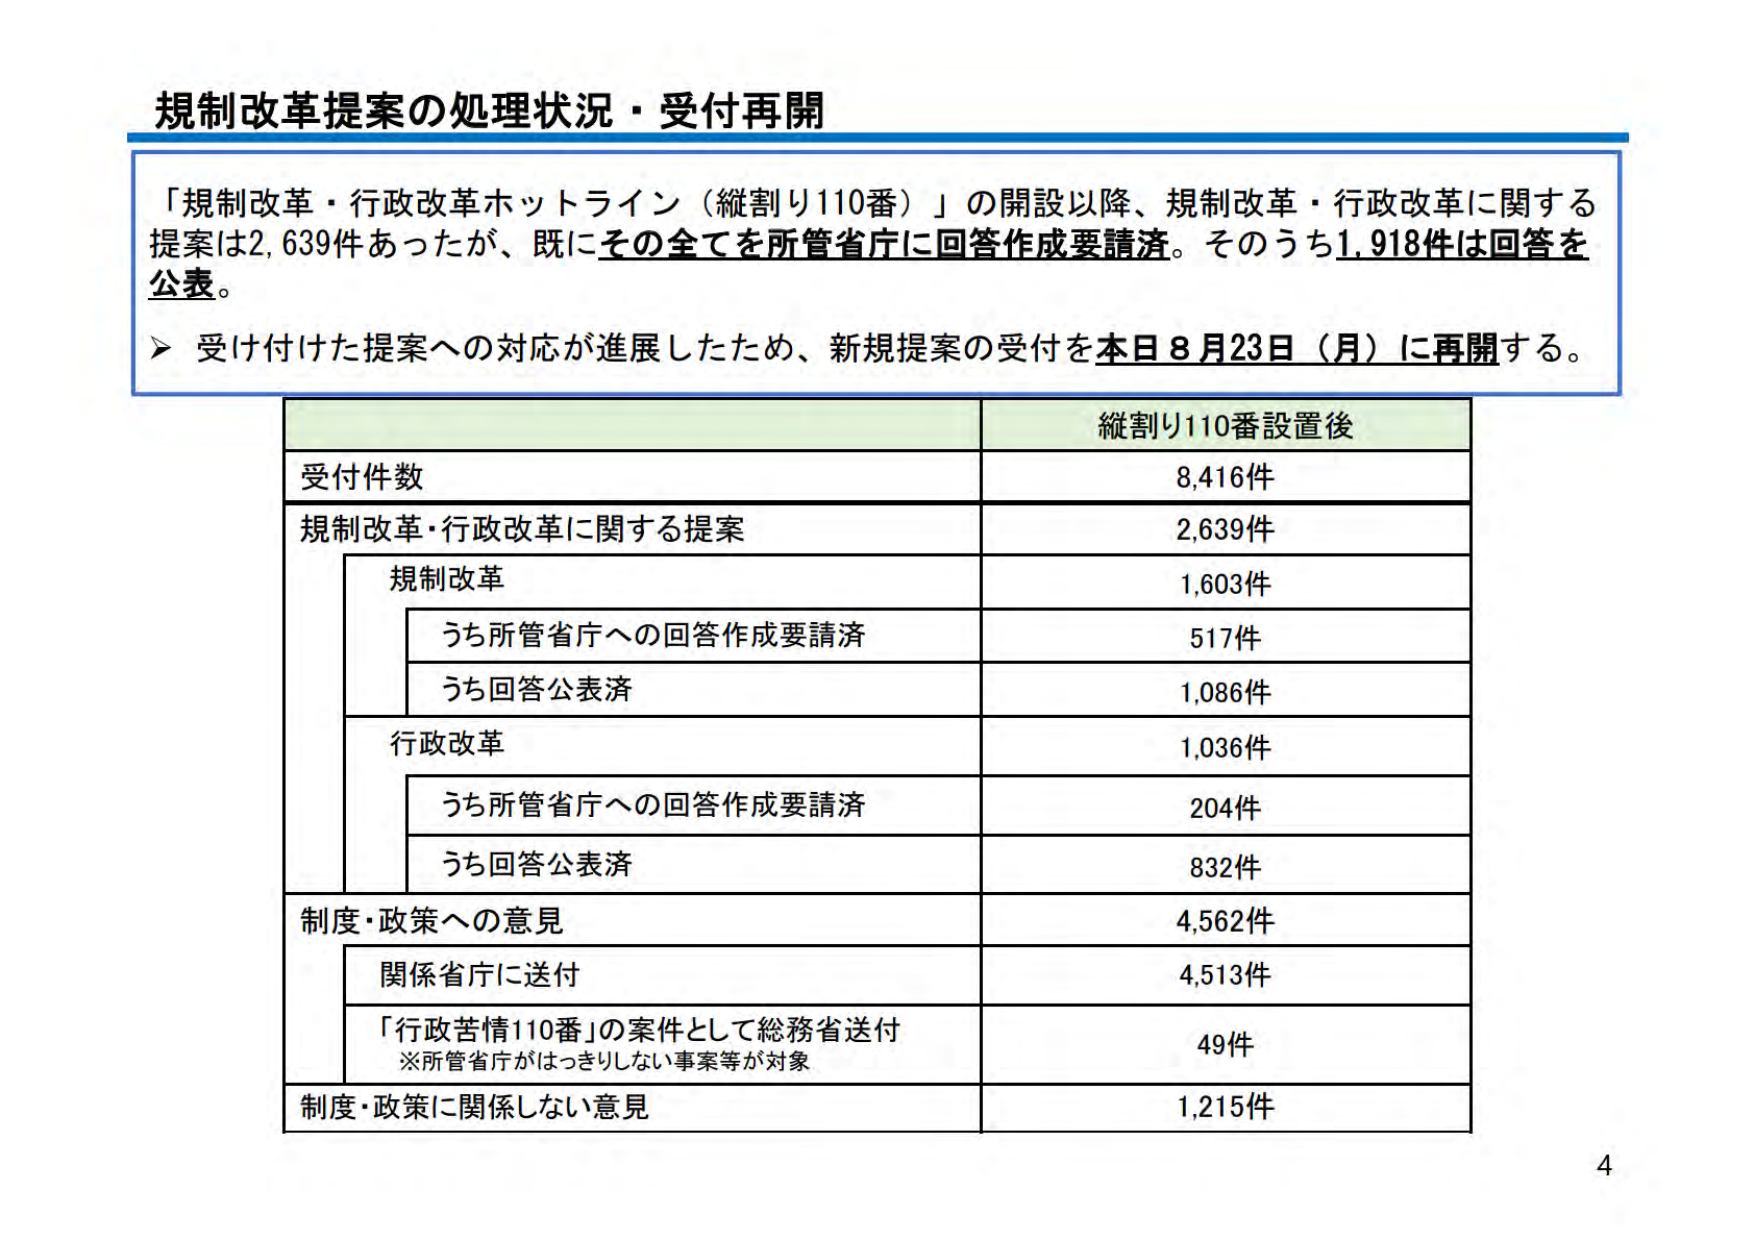
規制改革提案の処理状況・受付再開

「規制改革・行政改革ホットライン（縦割り110番）」の開設以降、規制改革・行政改革に関する提案は2,639件あったが、既にその全てを所管省庁に回答作成要請済。そのうち1,918件は回答を公表。

▶ 受け付けた提案への対応が進展したため、新規提案の受付を本日8月23日（月）に再開する。

縦割り110番設置後
受付件数 8,416件
規制改革・行政改革に関する提案 2,639件
　規制改革 1,603件
　　うち所管省庁への回答作成要請済 517件
　　うち回答公表済 1,086件
　行政改革 1,036件
　　うち所管省庁への回答作成要請済 204件
　　うち回答公表済 832件
制度・政策への意見 4,562件
　関係省庁に送付 4,513件
　「行政苦情110番」の案件として総務省送付
　　※所管省庁がはっきりしない事案等が対象 49件
制度・政策に関係しない意見 1,215件

4